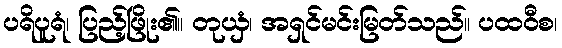
ပရိပူရံ၊ ပြည့်ဖြိုး၏။ တုယှံ၊ အရှင်မင်းမြတ်သည်။ ပထဝီစ၊